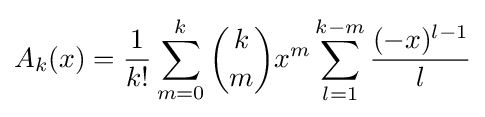
A_{k}(x)={\frac {1}{k!}}\sum _{m=0}^{k}{k \choose m}x^{m}\sum _{l=1}^{k-m}{\frac {(-x)^{l-1}}{l}}